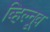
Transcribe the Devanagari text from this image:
व्हिल्नूव